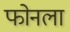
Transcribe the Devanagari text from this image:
फोनला